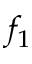
f _ { 1 }